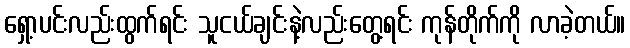
ရှော့ပင်းလည်းထွက်ရင်း သူငယ်ချင်းနဲ့လည်းတွေ့ရင်း ကုန်တိုက်ကို လာခဲ့တယ်။